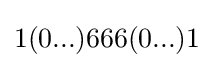
1(0...)666(0...)1